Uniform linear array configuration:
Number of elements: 12
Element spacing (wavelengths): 1
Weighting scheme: cosine
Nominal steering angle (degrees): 45
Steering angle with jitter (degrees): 43.631
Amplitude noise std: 0.05
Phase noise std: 0.05

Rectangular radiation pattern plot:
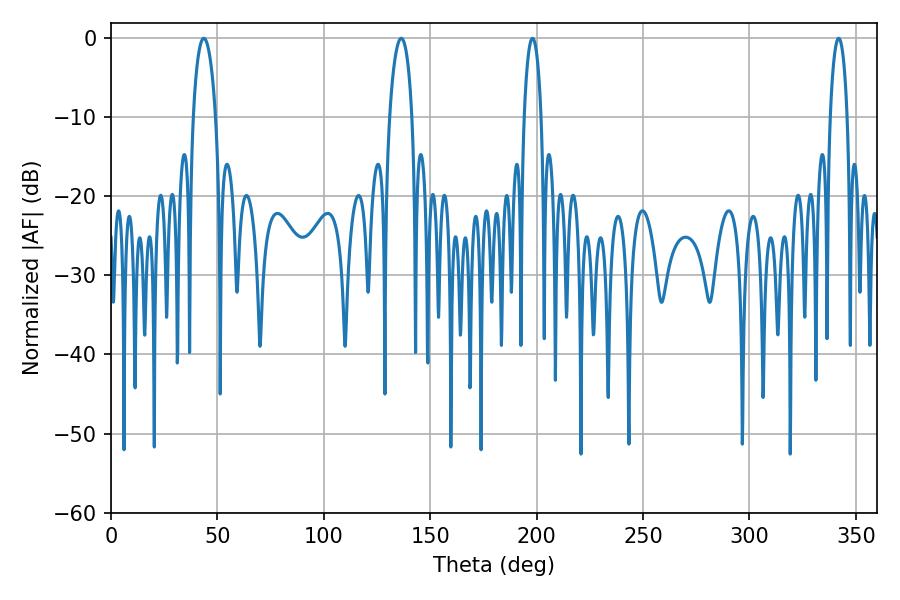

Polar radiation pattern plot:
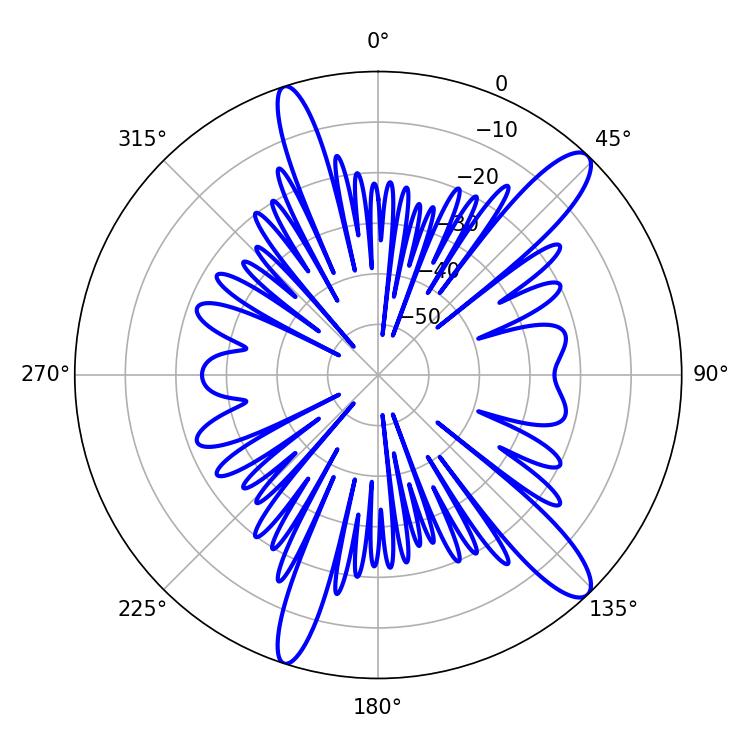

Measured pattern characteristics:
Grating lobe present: TRUE
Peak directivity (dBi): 12.824
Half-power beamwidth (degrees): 6.12
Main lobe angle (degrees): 43.56